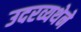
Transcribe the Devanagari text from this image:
उदरव्यथेने